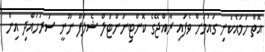
އޮތް ހަމައެކަނި ގައުމަށް ވެފައި ރާއްޖޭގެ ކޮންޓިނަންޓަލް ޝެލްފް ނޫނީ ސަރަހައްދި އިން